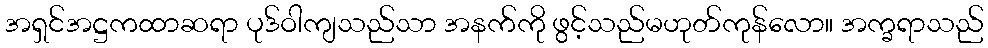
အရှင်အဋ္ဌကထာဆရာ ပုဒ်ဝါကျသည်သာ အနက်ကို ဖွင့်သည်မဟုတ်ကုန်လော။ အက္ခရာသည်